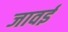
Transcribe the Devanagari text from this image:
जावई